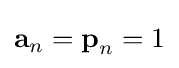
{\textbf {a}}_{n}={\textbf {p}}_{n}=1